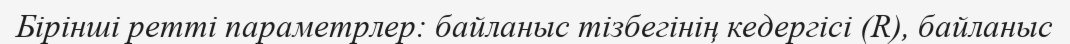
Бірінші ретті параметрлер: байланыс тізбегінің кедергісі (R), байланыс